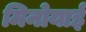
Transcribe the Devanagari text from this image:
मिनोयाई